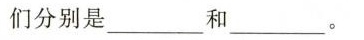
们分别是___和___。